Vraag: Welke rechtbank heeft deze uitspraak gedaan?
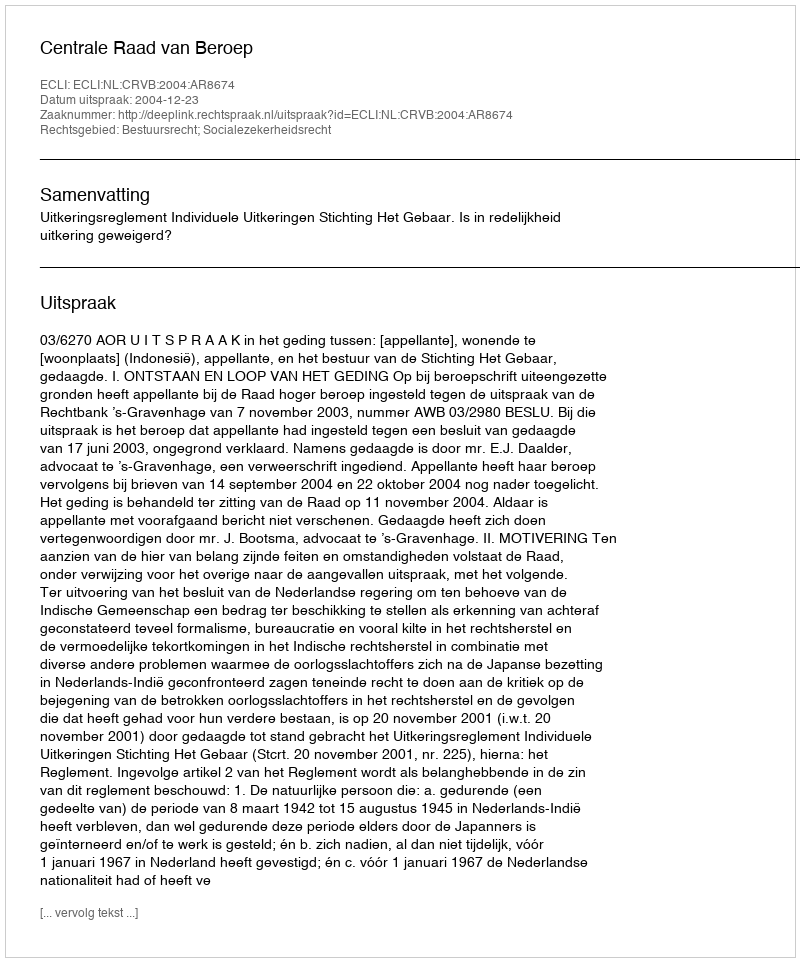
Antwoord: Centrale Raad van Beroep